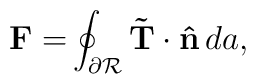
\mathbf{F=}\oint_{\partial \mathcal{R}}\mathbf{\tilde{T}\cdot \hat{n}}\,da,